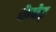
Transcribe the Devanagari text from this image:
केपेड़